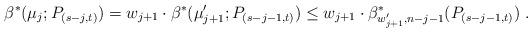
LaTeX: \begin{align*} \beta^*(\mu_j;P_{(s-j,t)})= w_{j+1}\cdot \beta^*(\mu'_{j+1};P_{(s-j-1,t)})\leq w_{j+1}\cdot \beta_{w'_{j+1},n-j-1}^*(P_{(s-j-1,t)})\;. \end{align*}